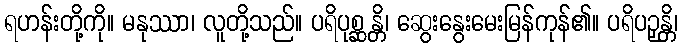
ရဟန်းတို့ကို။ မနုဿာ၊ လူတို့သည်။ ပရိပုစ္ဆန္တိ၊ ဆွေးနွေးမေးမြန်ကုန်၏။ ပရိပဉှန္တိ၊